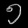
Digit: ၅